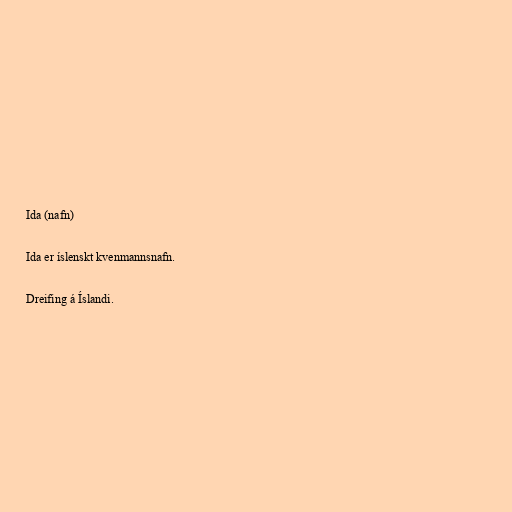
Ida (nafn)

Ida er íslenskt kvenmannsnafn.

Dreifing á Íslandi.